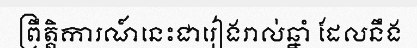
ព្រឹត្តិការណ៍នេះជារៀងរាល់ឆ្នាំ ដែលនឹង